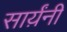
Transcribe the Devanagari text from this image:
सार्य़ंनी